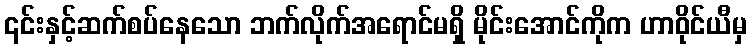
၎င်းနှင့်ဆက်စပ်နေသော ဘက်လိုက်အရောင်မရှိ မိုင်းအောင်ကိုက ဟာဝိုင်ယီမှ